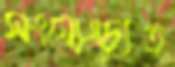
সংযোগচ্যুত